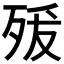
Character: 𭮍